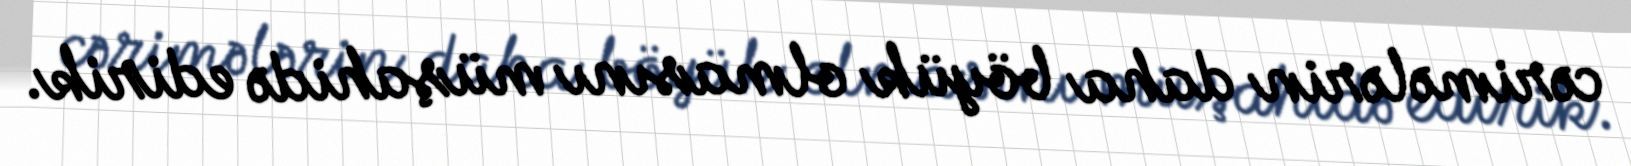
cərimələrin daha böyük olmasını müşahidə edirik.